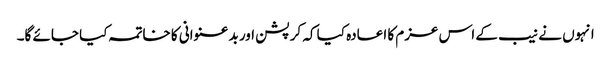
انہوں نے نیب کے اس عزم کا اعادہ کیا کہ کرپشن اور بدعنوانی کا خاتمہ کیا جائے گا۔